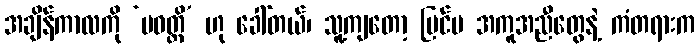
အချိန်ကာလကို ‘ပဝတ္တိ’ ဟု ခေါ်တယ်၊ သူ့ကျတော့ ပြင်ပ အကူအညီတွေနဲ့ ကံတရားက